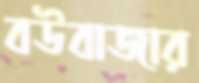
বউবাজার